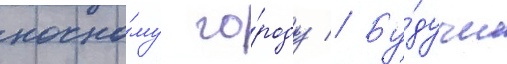
ночно́му го́роду // Бу́дучи